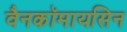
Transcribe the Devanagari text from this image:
वैनकॉमायसिन